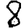
Digit: 8